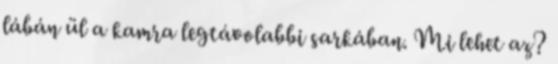
lábán ül a kamra legtávolabbi sarkában. Mi lehet az?